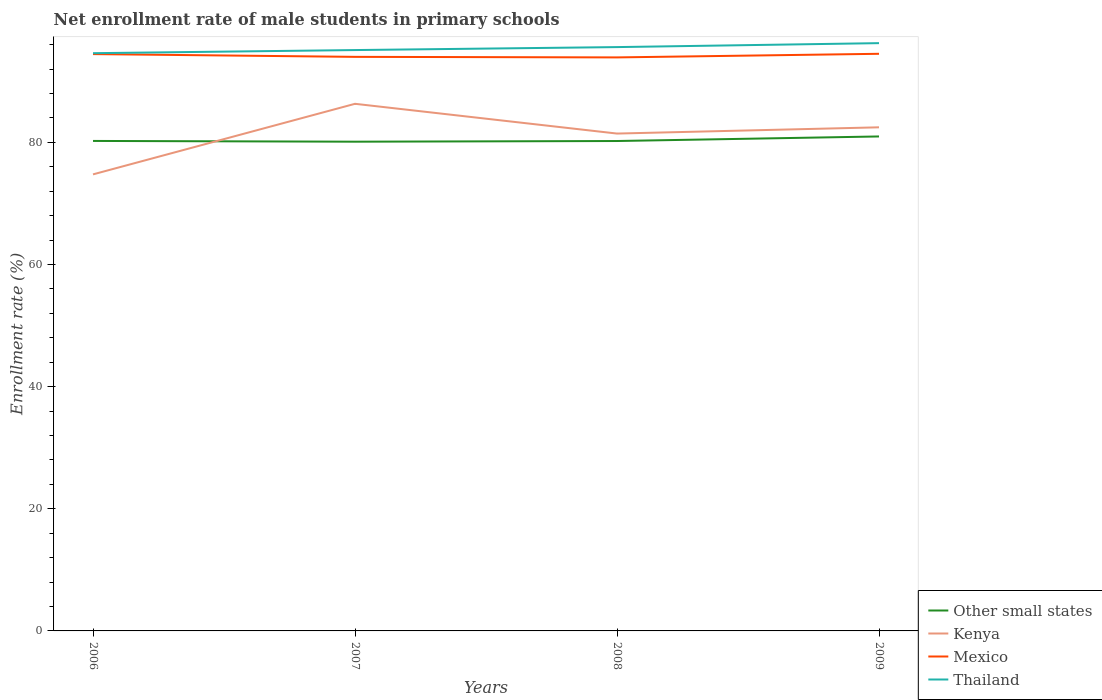
| Years | Other small states | Kenya | Mexico | Thailand |
 | --- | --- | --- | --- | --- |
 | 2006 | 80.2 | 74.8 | 94.5 | 94.6 |
 | 2007 | 80.1 | 86.3 | 94 | 95.1 |
 | 2008 | 80.2 | 81.4 | 93.9 | 95.6 |
 | 2009 | 81 | 82.5 | 94.5 | 96.2 |